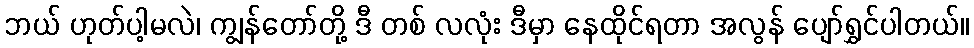
ဘယ် ဟုတ်ပါ့မလဲ၊ ကျွန်တော်တို့ ဒီ တစ် လလုံး ဒီမှာ နေထိုင်ရတာ အလွန် ပျော်ရွှင်ပါတယ်။